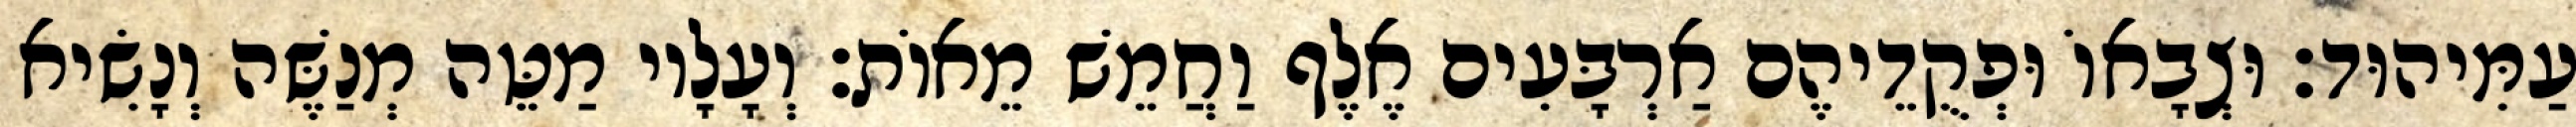
עַמִּיהוּד׃ וּצְבָאוֹ וּפְקֻדֵיהֶם אַרְבָּעִים אֶלֶף וַחֲמֵשׁ מֵאוֹת׃ וְעָלָיו מַטֵּה מְנַשֶּׁה וְנָשִׂיא